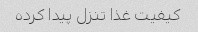
کیفیت غذا تنزل پیدا کرده